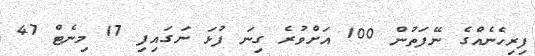
ފިރިހެނެއްގެ ނޭފަތުން 100 އަށްވުރެ ގިނަ ފުޅަ ނަގައިފި 17 މިނެޓް 47